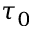
\tau _ { 0 }